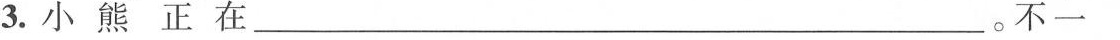
3.小熊正在___。不一